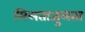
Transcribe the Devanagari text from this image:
मिलताजुलता